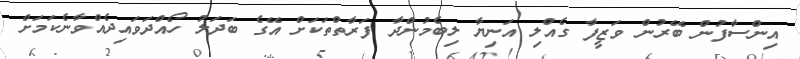
އިންސާފުން ބޭރުން ވަޒީފާ ގެއްލި އަނިޔާ ލިބެމުންދާ ފަރާތްތަކަށް އޭގެ ބަދަލު ހޯއްދަވައިދެއްވާނެކަމަށް